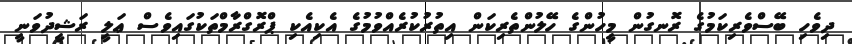
ދިވެހި ބޭސްވެރިކަމުގެ ރޮނގުން މީހުންގެ ހޭލުންތެރިކަން އިތުރުކުރެއްވުމުގެ އެކިއެކި ޕްރޮގްރާމްތަކުގައިވެސް ޢަލީ ރަޝީދުވަނީ